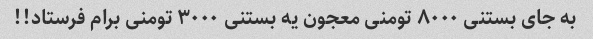
به جای بستنی ۸۰۰۰ تومنی معجون یه بستنی ۳۰۰۰ تومنی برام فرستاد!!